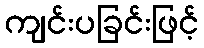
ကျင်းပခြင်းဖြင့်